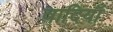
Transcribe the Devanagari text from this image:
वादियॉ